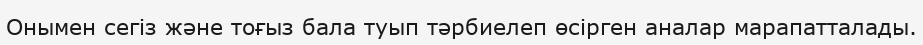
Онымен сегіз және тоғыз бала туып тәрбиелеп өсірген аналар марапатталады.